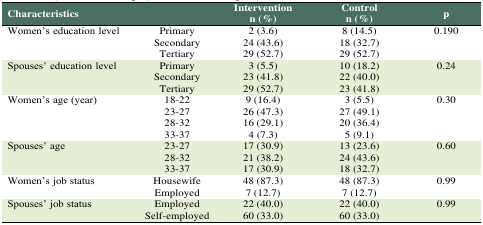
<table><thead><tr><td><b>Characteristics </b></td><td></td><td><b>Interventionn (%)</b></td><td><b>Controln (%)</b></td><td><b>p</b></td></tr></thead><tbody><tr><td rowspan="3"><b>Women’s education level</b></td><td><b>Primary</b></td><td><b>2 (3.6)</b></td><td><b>8 (14.5)</b></td><td rowspan="3"><b>0.190</b></td></tr><tr><td><b>Secondary</b></td><td><b>24 (43.6)</b></td><td><b>18 (32.7)</b></td></tr><tr><td><b>Tertiary</b></td><td><b>29 (52.7)</b></td><td><b>29 (52.7)</b></td></tr><tr><td rowspan="3"><b>Spouses’ education level</b></td><td><b>Primary</b></td><td><b>3 (5.5)</b></td><td><b>10 (18.2)</b></td><td rowspan="3"><b>0.24</b></td></tr><tr><td><b>Secondary</b></td><td><b>23 (41.8)</b></td><td><b>22 (40.0)</b></td></tr><tr><td><b>Tertiary</b></td><td><b>29 (52.7)</b></td><td><b>23 (41.8)</b></td></tr><tr><td rowspan="4"><b>Women’s age (year)</b></td><td><b>18-22</b></td><td><b>9 (16.4)</b></td><td><b>3 (5.5)</b></td><td rowspan="4"><b>0.30</b></td></tr><tr><td><b>23-27</b></td><td><b>26 (47.3)</b></td><td><b>27 (49.1)</b></td></tr><tr><td><b>28-32</b></td><td><b>16 (29.1)</b></td><td><b>20 (36.4)</b></td></tr><tr><td><b>33-37</b></td><td><b>4 (7.3)</b></td><td><b>5 (9.1)</b></td></tr><tr><td rowspan="3"><b>Spouses’ age</b></td><td><b>23-27</b></td><td><b>17 (30.9)</b></td><td><b>13 (23.6)</b></td><td rowspan="3"><b>0.60</b></td></tr><tr><td><b>28-32</b></td><td><b>21 (38.2)</b></td><td><b>24 (43.6)</b></td></tr><tr><td><b>33-37</b></td><td><b>17 (30.9)</b></td><td><b>18 (32.7)</b></td></tr><tr><td rowspan="2"><b>Women’s job status </b></td><td><b>Housewife</b></td><td><b>48 (87.3)</b></td><td><b>48 (87.3)</b></td><td rowspan="2"><b>0.99</b></td></tr><tr><td><b>Employed</b></td><td><b>7 (12.7)</b></td><td><b>7 (12.7)</b></td></tr><tr><td rowspan="2"><b>Spouses’ job status</b></td><td><b>Employed</b></td><td><b>22 (40.0)</b></td><td><b>22 (40.0)</b></td><td rowspan="2"><b>0.99</b></td></tr><tr><td><b>Self-employed</b></td><td><b>60 (33.0)</b></td><td><b>60 (33.0)</b></td></tr></tbody></table>